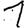
Digit: 1